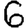
Digit: 6